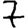
Digit: 7